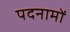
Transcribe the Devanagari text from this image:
पदनामों